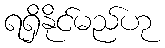
ရရှိနိုင်မည်ဟု